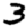
Digit: 3